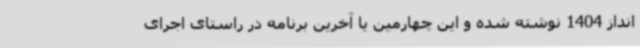
انداز 1404 نوشته شده و این چهارمین یا آخرین برنامه در راستای اجرای